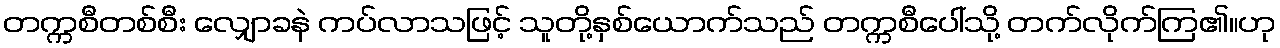
တက္ကစီတစ်စီး လျှောခနဲ ကပ်လာသဖြင့် သူတို့နှစ်ယောက်သည် တက္ကစီပေါ်သို့ တက်လိုက်ကြ၏။ဟု